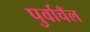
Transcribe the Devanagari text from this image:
पुर्वाचँल